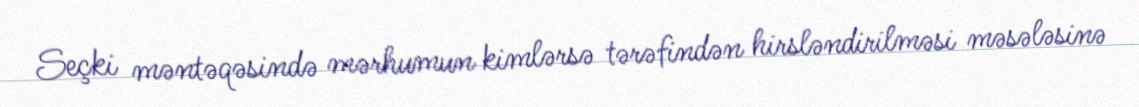
Seçki məntəqəsində mərhumun kimlərsə tərəfindən hirsləndirilməsi məsələsinə